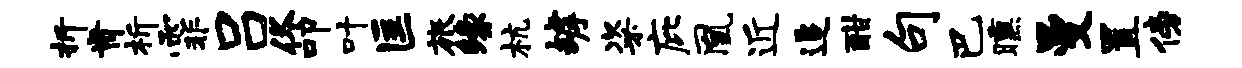
折肯析霏吕佟叩叶匡旅缘杭罅粢庇凰近追酣句巴曛曼置傍